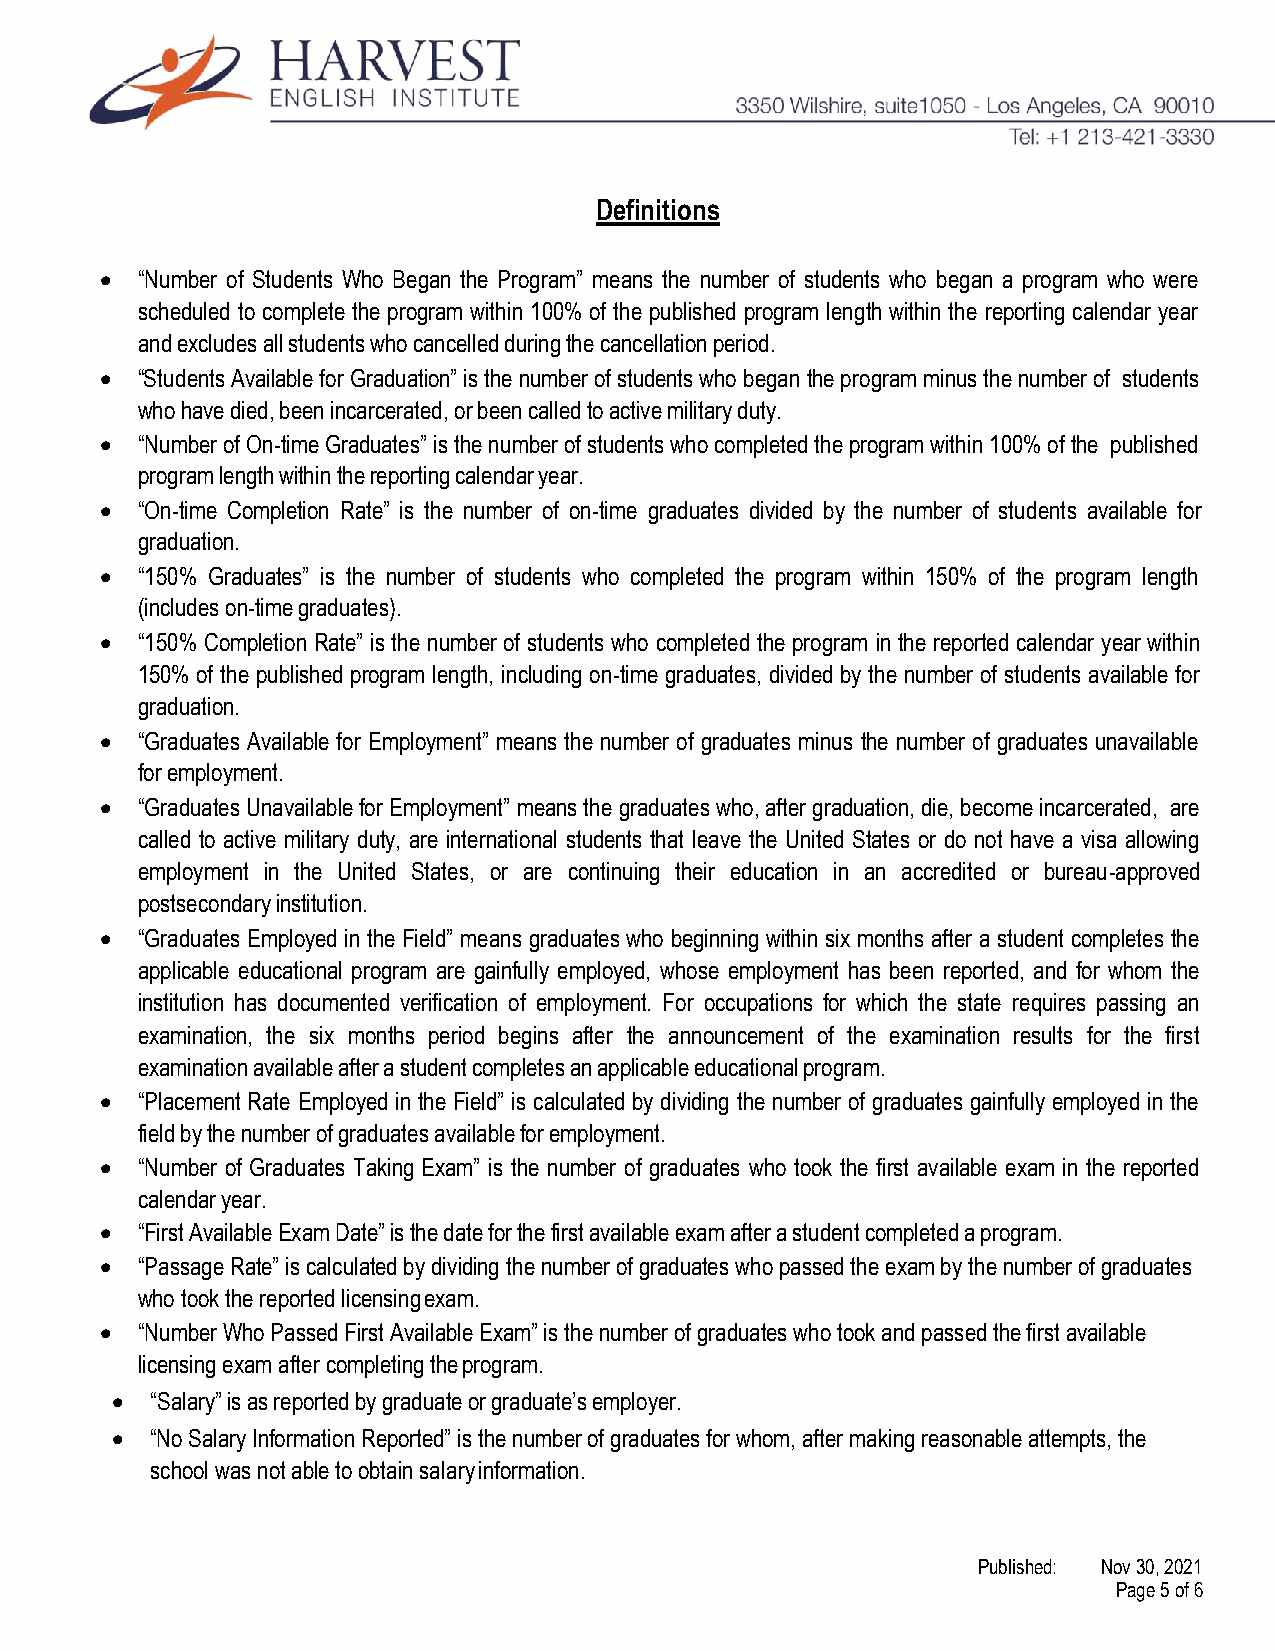
Definitions
 • “Number of Students Who Began the Program” means the number of students who began a program who were
 scheduled to complete the program within 100% of the published program length within the reporting calendar year
 and excludes all students who cancelled during the cancellation period.
 • “Students Available for Graduation” is the number of students who began the program minus the number of students
 who have died, been incarcerated, or been called to active military duty.
 • “Number of On-time Graduates” is the number of students who completed the program within 100% of the published
 program length within the reporting calendar year.
 • “On-time Completion Rate” is the number of on-time graduates divided by the number of students available for
 graduation.
 • “150% Graduates” is the number of students who completed the program within 150% of the program length
 (includes on-time graduates).
 • “150% Completion Rate” is the number of students who completed the program in the reported calendar year within
 150% of the published program length, including on-time graduates, divided by the number of students available for
 graduation.
 • “Graduates Available for Employment” means the number of graduates minus the number of graduates unavailable
 for employment.
 • “Graduates Unavailable for Employment” means the graduates who, after graduation, die, become incarcerated, are
 called to active military duty, are international students that leave the United States or do not have a visa allowing
 employment in the United States, or are continuing their education in an accredited or bureau-approved
 postsecondary institution.
 • “Graduates Employed in the Field” means graduates who beginning within six months after a student completes the
 applicable educational program are gainfully employed, whose employment has been reported, and for whom the
 institution has documented verification of employment. For occupations for which the state requires passing an
 examination, the six months period begins after the announcement of the examination results for the first
 examination available after a student completes an applicable educational program.
 • “Placement Rate Employed in the Field” is calculated by dividing the number of graduates gainfully employed in the
 field by the number of graduates available for employment.
 • “Number of Graduates Taking Exam” is the number of graduates who took the first available exam in the reported
 calendar year.
 • “First Available Exam Date” is the date for the first available exam after a student completed a program.
 • “Passage Rate” is calculated by dividing the number of graduates who passed the exam by the number of graduates
 who took the reported licensing exam.
 • “Number Who Passed First Available Exam” is the number of graduates who took and passed the first available
 licensing exam after completing the program.
 •  “Salary” is as reported by graduate or graduate’s employer.
 •  “No Salary Information Reported” is the number of graduates for whom, after making reasonable attempts, the
 school was not able to obtain salary information.
 Published: Nov 30, 2021
 Page 5 of 6